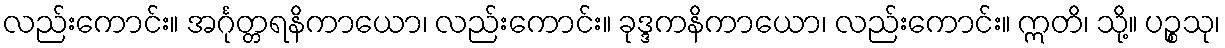
လည်းကောင်း။ အင်္ဂုတ္တရနိကာယော၊ လည်းကောင်း။ ခုဒ္ဒကနိကာယော၊ လည်းကောင်း။ ဣတိ၊ သို့။ ပဉ္စသု၊